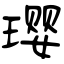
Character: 璎